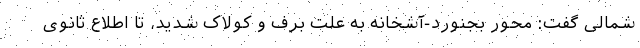
شمالی گفت: محور بجنورد-آشخانه به علت برف و کولاک شدید، تا اطلاع ثانوی